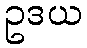
ဥဒယ